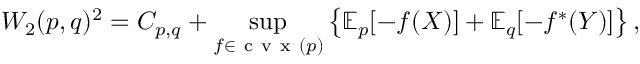
W _ { 2 } ( p , q ) ^ { 2 } = C _ { p , q } + \operatorname* { s u p } _ { f \in \mathrm { ~ c ~ v ~ x ~ } ( p ) } \left\{ \mathbb { E } _ { p } [ - f ( X ) ] + \mathbb { E } _ { q } [ - f ^ { * } ( Y ) ] \right\} ,